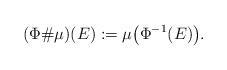
LaTeX: \begin{align*}(\Phi\# \mu)(E) := \mu\bigl(\Phi^{-1}(E)\bigr).\end{align*}